Medical and sanitary report of the native army of Bengal for the year
Year: 1878
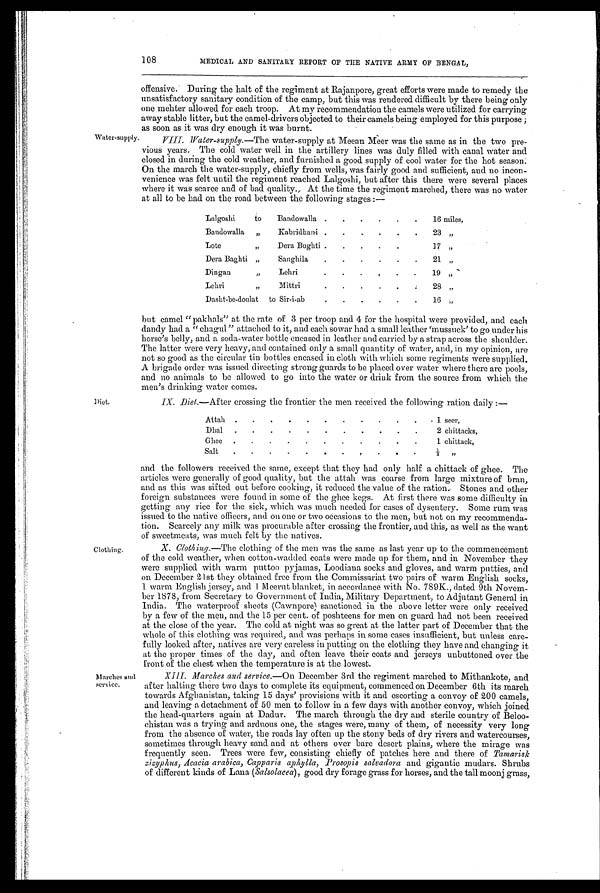
Clothing.
Marches and
service.
108
MEDICAL AND SANITARY REPORT OF THE NATIVE ARMY OF BENGAL,
Water-supply
offensive. During the halt of the regiment at Rajanpore, great efforts were made to remedy the
unsatisfactory sanitary condition of the camp, but this was rendered difficult by there being only
one mehter allowed for each troop. At my recommendation the camels were utilized for carrying
away stable litter, but the camel-drivers objected to their camels being employed for this purpose ;
as soon as it was dry enough it was burnt.
VIII. Water-supply.—The water-supply at Meean Meer was the same as in the two pre-
vious years. The cold water well in the artillery lines was duly filled with canal water and
closed in during the cold weather, and furnished a good supply of cool water for the hot season:
On the march the water-supply, chiefly from wells, was fairly good and sufficient, and no incon-
venience was felt until the regiment reached Lalgoshi, but after this there were several places
where it was scarce and of bad quality., At the time the regiment marched, there was no water
at all to he had on the road between the following stages :—
Lalgoshi to Bandowalla .
. .
.
.
.
16 miles,
Bandowalla „
Kabridhani . .
. .
. . 23 „
Lote
„
Dera Bughti .
.
. .
.
l7 ”
Dera Baghti „
Sanghila
.
.
.
.
.
.
21 „
Dingan
,,
Lehri
.
. .
. . .
19 „
Lehri
„
Mittri
.
. .
.
. .
28 „
Dasht-be-doulat to Sir-i-ab
.
.
. .
.
.
16 „
but camel "pakhals" at the rate of 3 per troop and 4 for the hospital were provided, and each
dandy had a " chagul " attached to it, and each sowar had a small leather 'mussuck' to go under his
horse's belly, and a soda-water bottle encased in leather and carried by a strap across the shoulder.
The latter were very heavy, and contained only a small quantity of water, and, in my opinion, are
not so good as the circular tin bottles encased in cloth with which some regiments were supplied.
A brigade order was issued directing strong guards to be placed over water where there are pools,
and no animals to be allowed to go into the water or drink from the source from which the
men's drinking water comes.
IX. Diet.—After crossing the frontier the men received the following ration daily :—
Attabh . .
.
. . .
.
. .
.
.
1 seer,
Dhal . .
.
.
.
.
.
. . . .
2 chittacks,
Ghee . .
.
.
.
.
.
.
. .
.
1 chittack,
Salt . .
.
.
.
. .
. .
. .
⅓ "
and the followers received the same, except that they had only half a chittack of ghee. The
articles were generally of good quality, but the attah was coarse from large mixture of bran,
and as this was sifted out before cooking, it reduced the value of the ration: Stones and other
foreign substances were found. in some of the ghee kegs. At first there was some difficulty in
getting any rice for the sick, which was much needed for cases of dysentery. Some rum was
issued to the native officers, and on one or two occasions to the men, but not on my recommenda-
tion. Scarcely any milk was procurable after crossing the frontier, and this, as well as the want
of sweetmeats, was much felt by the natives.
X. Clothing.—The clothing of the men was the same as last year up to the commencement
of the cold weather, when cotton-wadded coats were made up for them, and in November they
were supplied with warm puttoo pyjamas, Loodiana socks and gloves, and warm putties, and
on December 21st they obtained free from the Commissariat two pairs of warm English socks,
1 warm English jersey, and I Meerut blanket, in accordance with No. 789K., dated 9th Novem-
ber 1878, from Secretary to Government of India, Military Department, to Adjutant General in
India. The waterproof sheets (Cawnpore) sanctioned in the above letter were only received
by a few of the men, and the 15 per cent. of poshteens for men on guard had not been received
at the close of the year. The cold at night was so great at the latter part of December that the
whole of this clothing was required, and was perhaps in some cases insufficient, but unless care-
fully looked after, natives are very careless in putting on the clothing they have and changing it
at the proper times of the day, and often leave their coats and jerseys unbuttoned over the
front of the chest when the temperature is at the lowest.
XIII. Marches and service. —On December 3rd the regiment marched to Mithankote, and
after halting there two days to complete its equipment, commenced on December 6th its march
towards Afghanistan, taking 15 days' provisions with it and escorting a convoy of 200 camels,
and leaving a detachment of 50 men to follow in a few days with another convoy, which joined
the head-quarters again at Dadur. The march through the dry and sterile country of Beloo-
chistan was a trying and arduous one, the stages were, many of them, of necessity very long
from the absence of water, the roads lay often up the stony beds of dry rivers and watercourses,
sometimes through heavy sand and at others over bare desert plains, where the mirage was
frequently seen. Trees were few, consisting chiefly of patches here and there of Tamarisk
z i z y p h u s , . A c a c i a a r a b i c a , C a p p a r i s a p h y l l a , P r o s o p i s s a l v a d o r aa n d g i g a n t i c m u d a r s . S h r u b s
of different kinds of Lana ( Salsolacea), good dry forage grass for horses, and the tall moonj grass,